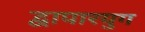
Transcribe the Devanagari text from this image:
द्वापारयुग